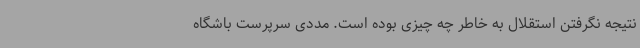
نتیجه‌ نگرفتن استقلال به خاطر چه چیزی بوده است. مددی سرپرست باشگاه